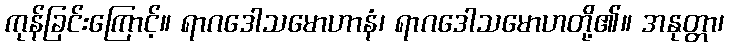
ကုန်ခြင်းကြောင့်။ ရာဂဒေါသမောဟာနံ၊ ရာဂဒေါသမောဟတို့၏။ အနုတ္တာ၊